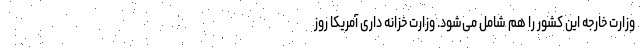
وزارت خارجه این کشور را هم شامل می‌شود. وزارت خزانه داری آمریکا روز